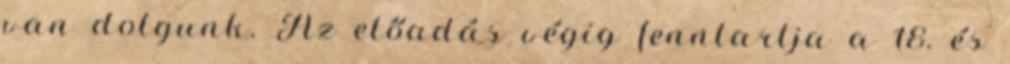
van dolgunk. Az előadás végig fenntartja a 18. és